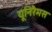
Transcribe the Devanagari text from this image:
यूनिरैमस